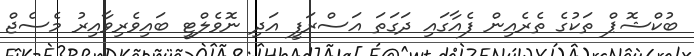
ބުކްޝޮޕް ތަކުގެ ތެރެއިން ފެއާގައި ދަގަތަ އަސްރަފީ އަދި ނޮވެލްޓީ ބައިވެރިވާއިރު މެސެޖް